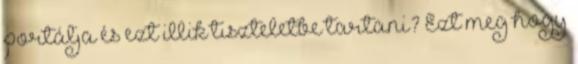
portálja és ezt illik tiszteletbe tartani? Ezt meg hogy